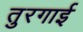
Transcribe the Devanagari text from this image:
तुरगाई